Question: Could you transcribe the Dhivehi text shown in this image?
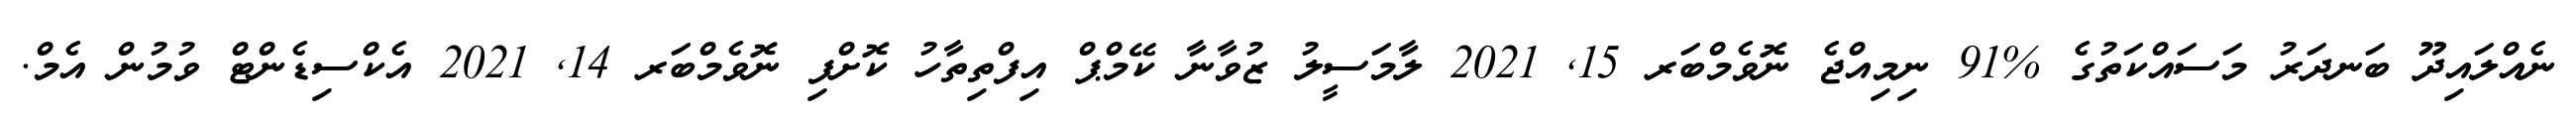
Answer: ނެއްލައިދޫ ބަނދަރު މަސައްކަތުގެ %91 ނިމިއްޖެ ނޮވެމްބަރ 15, 2021 ލާމަސީލު ޒުވާނާ ކޭމްޕް އިފްތިތާހު ކޮށްފި ނޮވެމްބަރ 14, 2021 އެކްސިޑެންޓް ވުމުން އެމް.